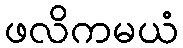
ဖလိကမယံ